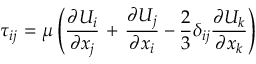
{ { \tau } _ { i j } } \mathrm { ~ = ~ } \mu \left( \frac { \partial { { U } _ { i } } } { \partial { { x } _ { j } } } \mathrm { ~ + ~ } \frac { \partial { { U } _ { j } } } { \partial { { x } _ { i } } } - \frac { 2 } { 3 } { { \delta } _ { i j } } \frac { \partial { { U } _ { k } } } { \partial { { x } _ { k } } } \right)